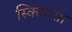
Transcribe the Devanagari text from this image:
स्कियासा